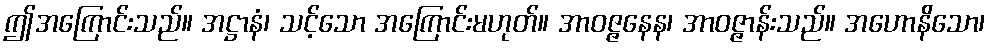
ဤအကြောင်းသည်။ အဋ္ဌာနံ၊ သင့်သော အကြောင်းမဟုတ်။ အာဝဇ္ဇနေန၊ အာဝဇ္ဇာန်းသည်။ အဟောနိသော၊